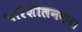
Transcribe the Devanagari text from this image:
परिशीलनकर।